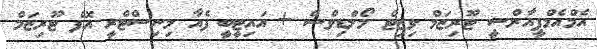
އެމްއެމްޕީއާރްސީ ޓޫރިޒަމް ވިޒިޓް މޯލްޑިވްސް + އައިޓީބީ ފެއާ މިނިސްޓްރީ އޮފް ޓޫރިޒަމް